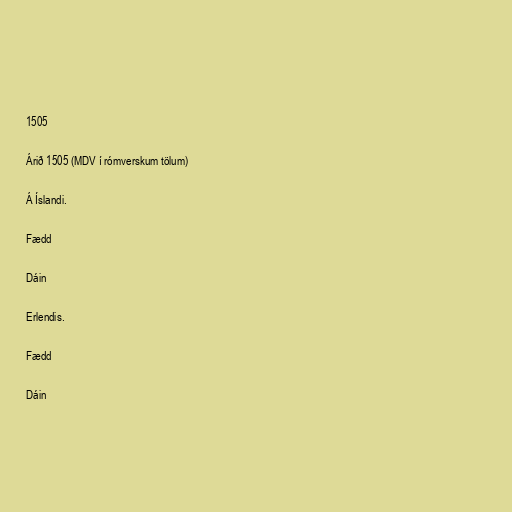
1505

Árið 1505 (MDV í rómverskum tölum)

Á Íslandi.

Fædd

Dáin

Erlendis.

Fædd

Dáin